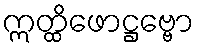
ဣတ္ထိဖောဋ္ဌဗ္ဗော